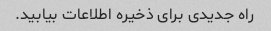
راه جدیدی برای ذخیره اطلاعات بیابید.